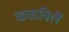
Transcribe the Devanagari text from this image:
कळविलें